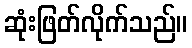
ဆုံးဖြတ်လိုက်သည်။